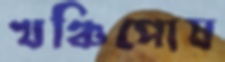
খঞ্চিপোষ